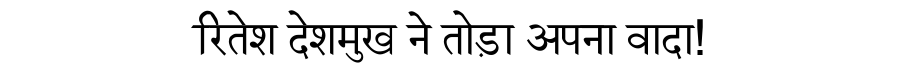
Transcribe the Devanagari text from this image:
रितेश देशमुख ने तोड़ा अपना वादा!